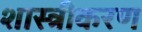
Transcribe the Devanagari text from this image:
शास्त्रीकरण